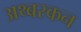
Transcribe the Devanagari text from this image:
अथ्बस्कन